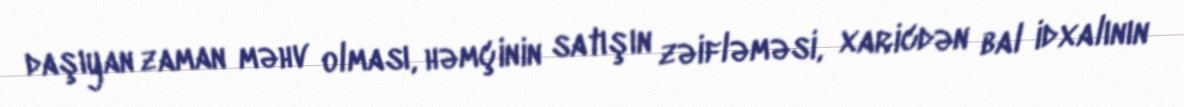
daşıyan zaman məhv olması, həmçinin satışın zəifləməsi, xaricdən bal idxalının